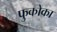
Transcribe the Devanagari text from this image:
फुकोका